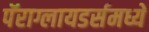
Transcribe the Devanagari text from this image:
पॅराग्लायडर्समध्ये